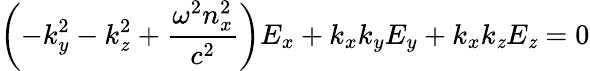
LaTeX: \left(-k_{y}^{2}-k_{\mathit{z}}^{2}+{\frac{{\omega^{2}n_{x}^{2}}}{{c^{2}}}}\right)E_{x}+k_{x}k_{y}E_{y}+k_{x}k_{\mathit{z}}E_{\mathit{z}}=0